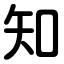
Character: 知